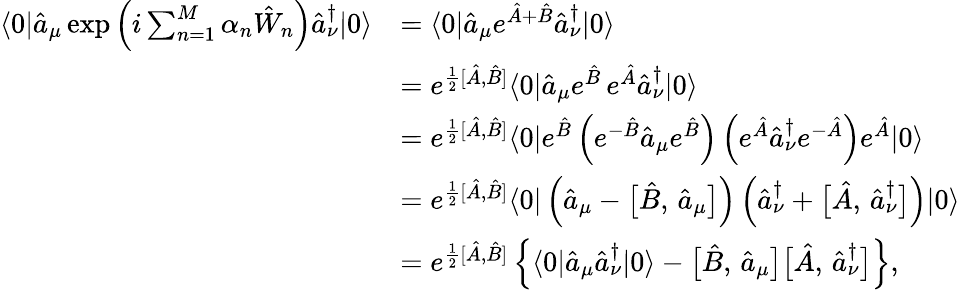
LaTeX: \begin{array}{rl}{\langle 0|\hat{a}_{\mu}\exp\left(i\sum_{n=1}^{M}\alpha_{n}\hat{W}_{n}\right)\hat{a}_{\nu}^{\dagger}|0\rangle}&{=\langle 0|\hat{a}_{\mu}e^{\hat{A}+\hat{B}}\hat{a}_{\nu}^{\dagger}|0\rangle}\\ &{=e^{\frac{1}{2}[\hat{A},\hat{B}]}\langle 0|\hat{a}_{\mu}e^{\hat{B}}\, e^{\hat{A}}\hat{a}_{\nu}^{\dagger}|0\rangle}\\ &{=e^{\frac{1}{2}[\hat{A},\hat{B}]}\langle 0|e^{\hat{B}}\left(e^{-\hat{B}}\hat{a}_{\mu}e^{\hat{B}}\right)\left(e^{\hat{A}}\hat{a}_{\nu}^{\dagger}e^{-\hat{A}}\right)e^{\hat{A}}|0\rangle}\\ &{=e^{\frac{1}{2}[\hat{A},\hat{B}]}\langle 0|\left(\hat{a}_{\mu}-\bigl[\hat{B},\, \hat{a}_{\mu}\bigr]\right)\left(\hat{a}_{\nu}^{\dagger}+\bigl[\hat{A},\, \hat{a}_{\nu}^{\dagger}\bigr]\right)|0\rangle}\\ &{=e^{\frac{1}{2}[\hat{A},\hat{B}]}\left\{ \langle 0|\hat{a}_{\mu}\hat{a}_{\nu}^{\dagger}|0\rangle-\bigl[\hat{B},\, \hat{a}_{\mu}\bigr]\bigl[\hat{A},\, \hat{a}_{\nu}^{\dagger}\bigr]\right\} ,}\end{array}